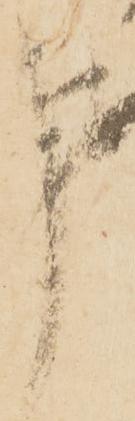
事